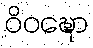
ဝိဝဍ္ဎော